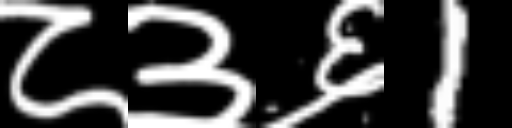
Text: ८३६1